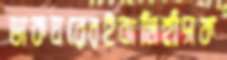
ডাকঘরেরইবালিহাঁসক